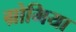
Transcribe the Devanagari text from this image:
ग्रोमिया